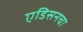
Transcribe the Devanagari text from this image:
एडिसनचा